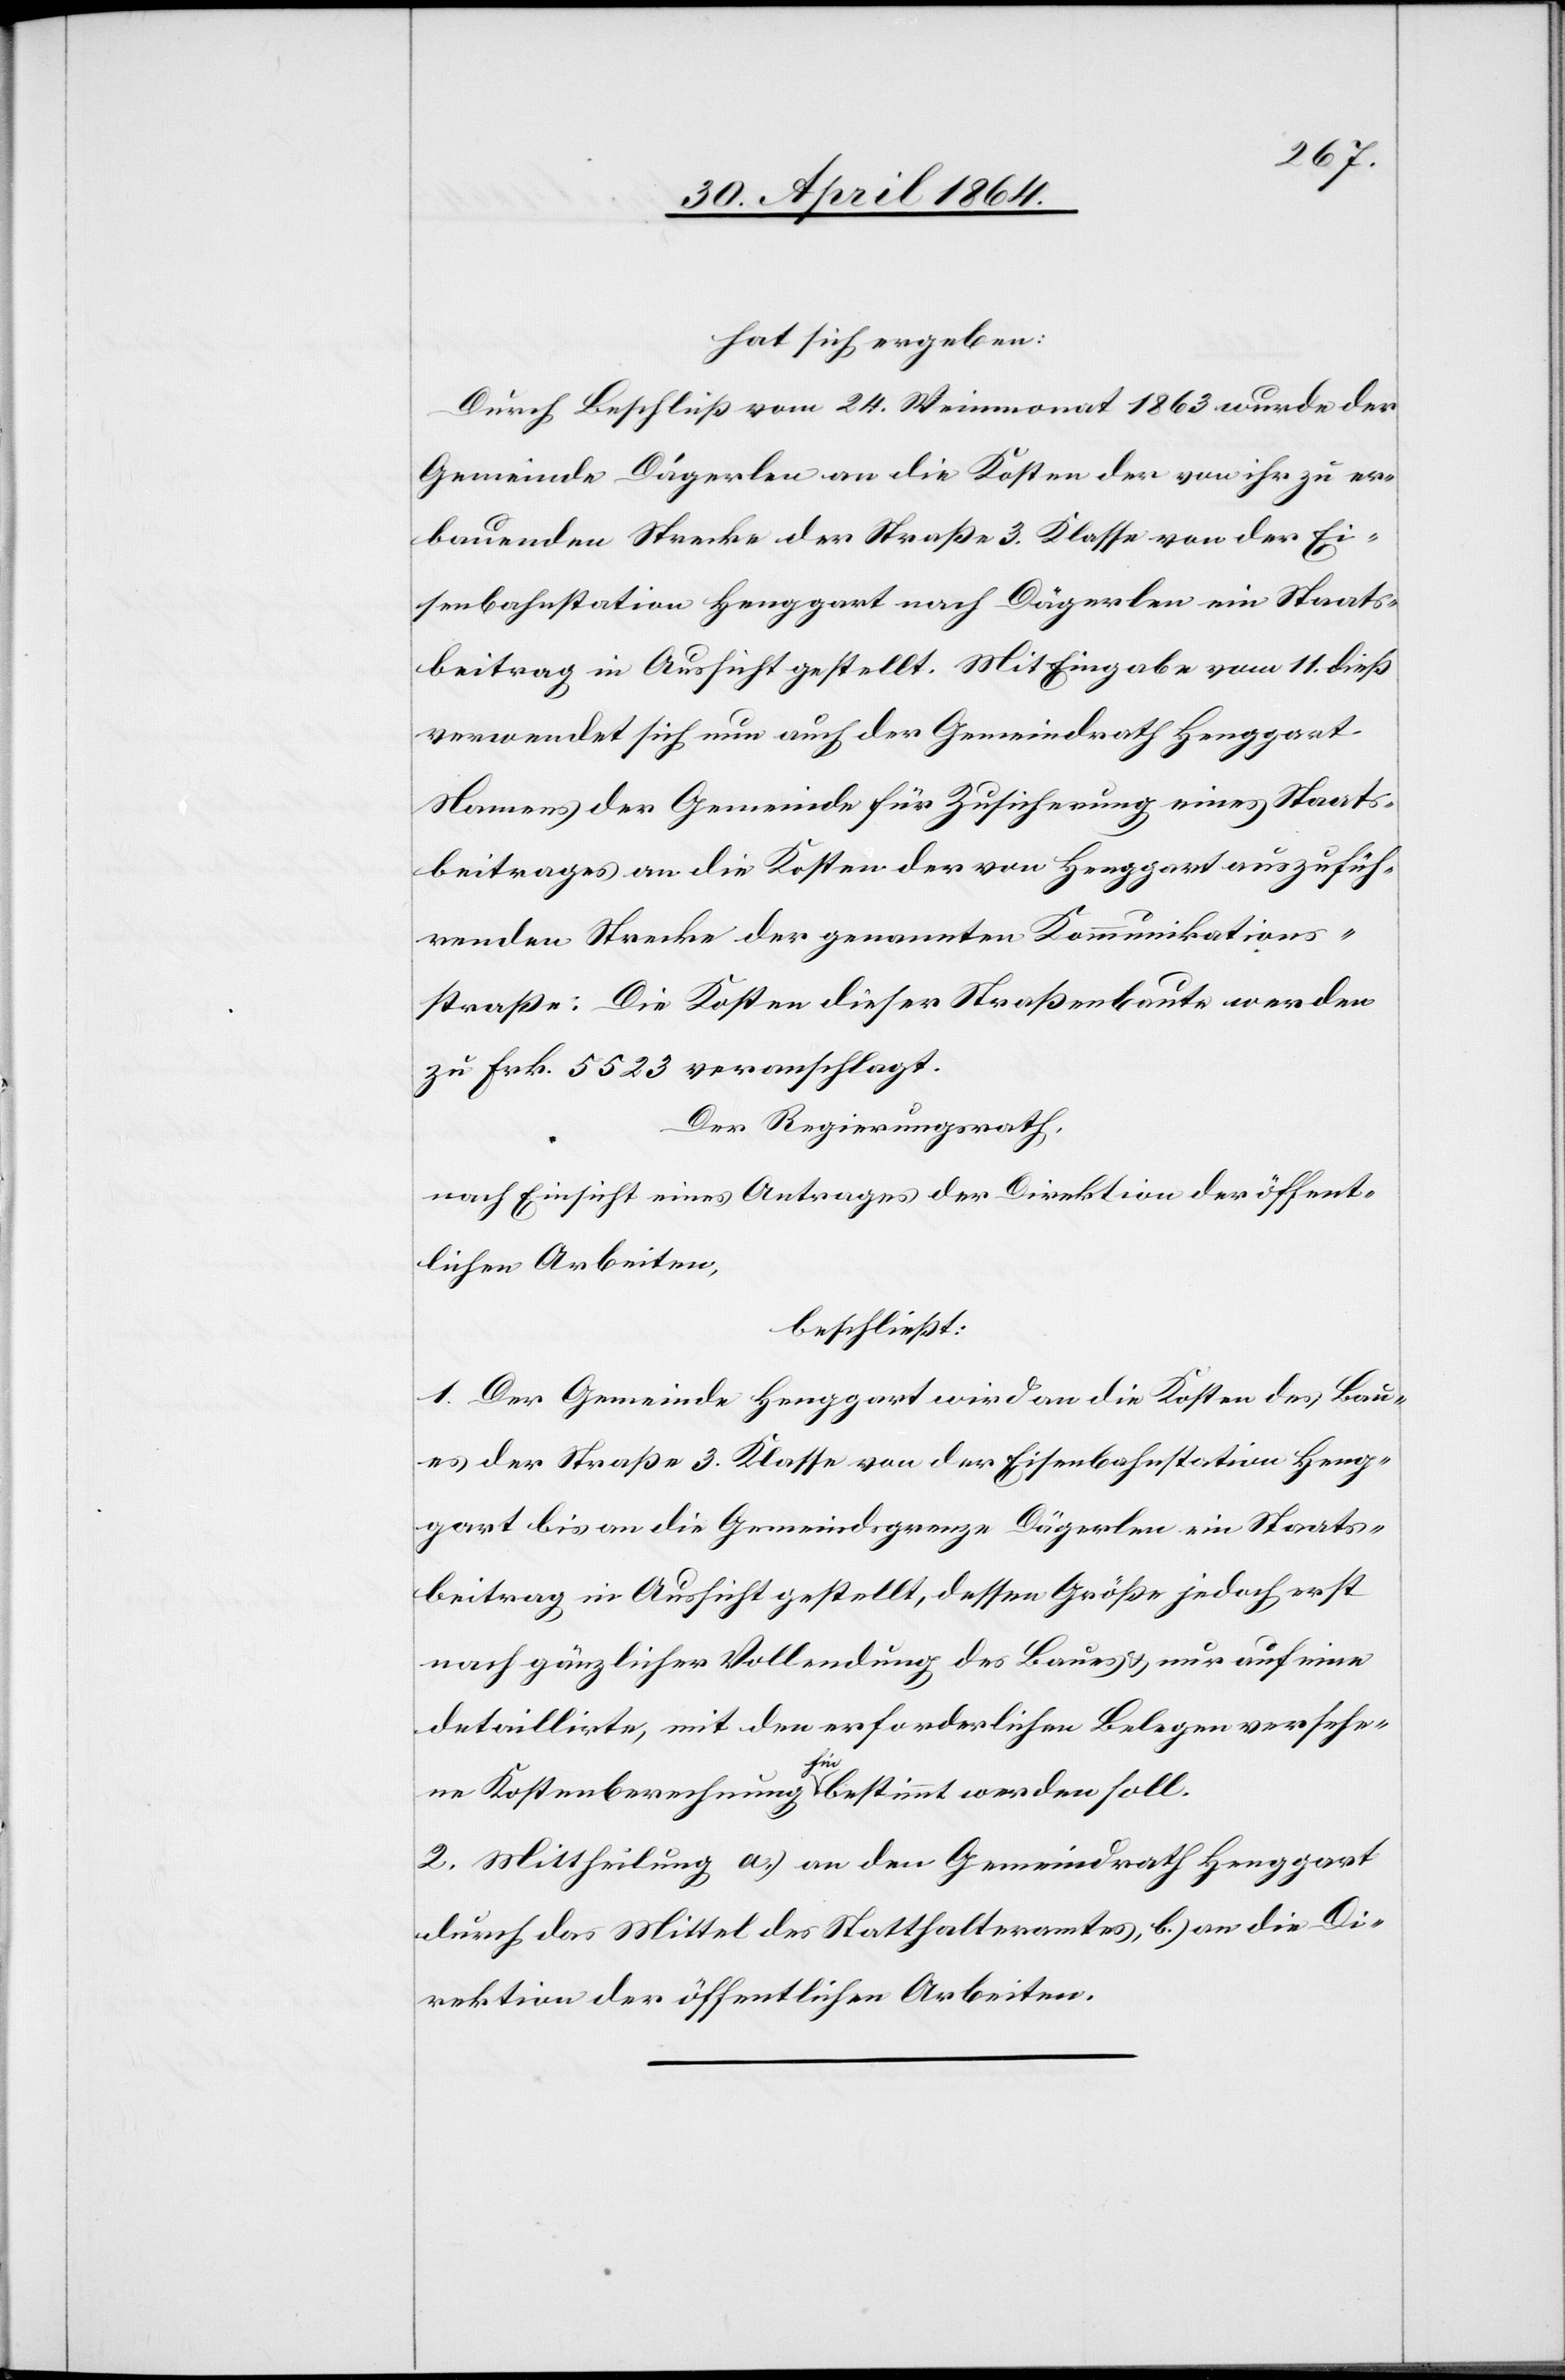
hat sich ergeben:
Durch Beschluß vom 24. Weinmonat 1863 wurde der
Gemeinde Dägerlen an die Kosten der von ihr zu er¬
bauenden Strecke der Straße 3. Klasse von der Ei¬
senbahnstation Henggart nach Dägerlen ein Staats¬
beitrag in Aussicht gestellt. Mit Eingabe vom 11. dieß
verwendet sich nun auch der Gemeindrath Henggart
Namens der Gemeinde für Zusicherung eines Staats¬
beitrages an die Kosten der von Henggart auszufüh¬
renden Strecke der genannten Kommunikations¬
straße: Die Kosten dieser Straßenbaute werden
zu Frk. 5523 veranschlagt.
Der Regierungsrath,
nach Einsicht eines Antrages der Direktion der öffent¬
lichen Arbeiten,
beschließt:
1. Der Gemeinde Henggart wird an die Kosten des Bau¬
es der Straße 3. Klasse von der Eisenbahnstation Heng¬
gart bis an die Gemeindsgrenze Dägerlen ein Staats¬
beitrag in Aussicht gestellt, dessen Größe jedoch erst
nach gänzlicher Vollendung des Baues u. nur auf eine
detaillirte, mit den erforderlichen Belegen versehe¬
ne Kostenberechnung hin bestimmt werden soll.
2. Mittheilung a.) an den Gemeindrath Henggart
durch das Mittel des Statthalteramtes, b.) an die Di¬
rektion der öffentlichen Arbeiten.